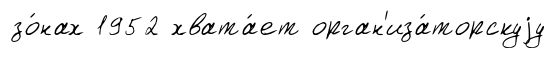
зо́нах 1952 хвата́ет орган'иза́торскуjу